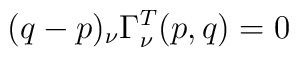
(q-p)_\nu\Gamma^T_\nu(p,q) = 0